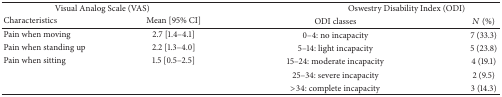
<table><thead><tr><td colspan="2"><b>Visual Analog Scale (VAS)</b></td><td colspan="2"><b> Oswestry Disability Index (ODI)</b></td></tr><tr><td><b>Characteristics</b></td><td><b>Mean [95% CI]</b></td><td><b>ODI classes</b></td><td><b><i>N</i> (%)</b></td></tr></thead><tbody><tr><td>Pain when moving </td><td>2.7 [1.4–4.1]</td><td>0–4: no incapacity</td><td>7 (33.3)</td></tr><tr><td>Pain when standing up</td><td>2.2 [1.3–4.0]</td><td>5–14: light incapacity</td><td>5 (23.8)</td></tr><tr><td>Pain when sitting</td><td>1.5 [0.5–2.5]</td><td>15–24: moderate incapacity </td><td>4 (19.1)</td></tr><tr><td> </td><td> </td><td>25–34: severe incapacity</td><td>2 (9.5)</td></tr><tr><td> </td><td> </td><td>&gt;34: complete incapacity</td><td>3 (14.3)</td></tr></tbody></table>